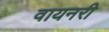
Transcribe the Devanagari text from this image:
वायनरी